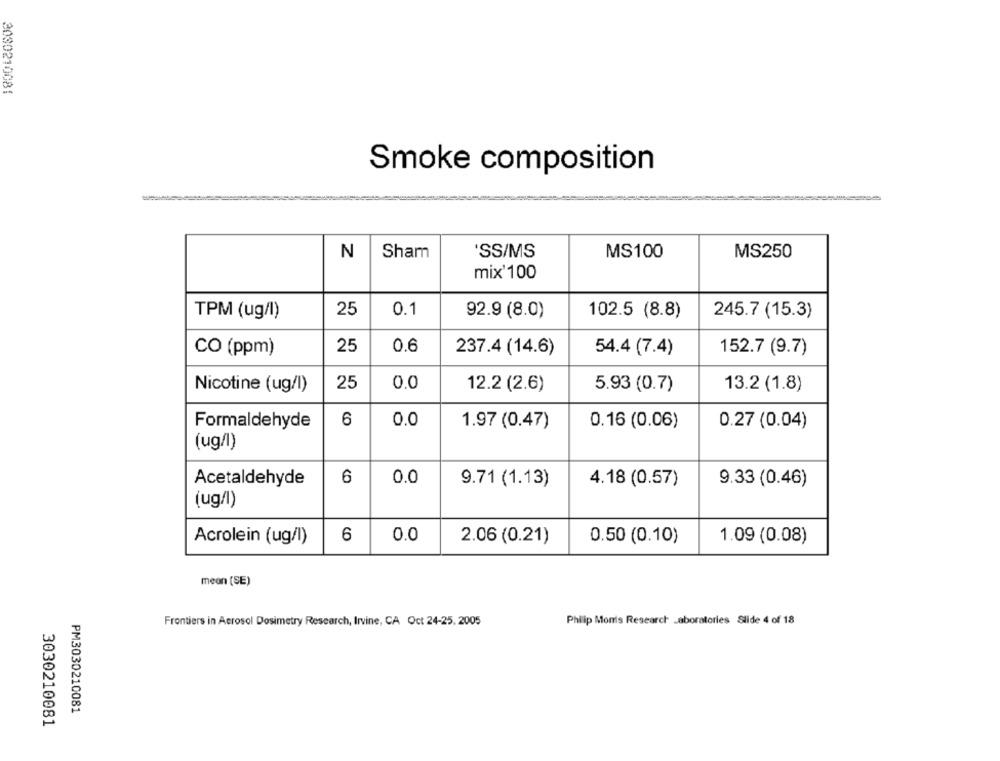
3030210081
Smoke composition
N
Sham
'SS/MS
MS100
MS250
mix'100
25
0.1
TPM (ug/l)
92.9 (8.0)
102.5 (8.8)
245.7 (15.3)
25
0.6
237.4 (14.6)
54.4 (7.4)
152.7 (9.7)
CO (ppm)
Nicotine (ug/l)
25
0.0
12.2 (2.6)
5.93 (0.7)
13.2 (1.8)
Formaldehyde
6
0.0
1.97 (0.47)
0.16 (0.06)
0.27 (0.04)
(ug/l)
6
0.0
Acetaldehyde
9.71 (1.13)
4.18 (0.57)
9.33 (0.46)
(ug/l)
Acrolein (ug/l)
6
0.0
2.06 (0.21)
0.50 (0.10)
1.09 (0.08)
mean (SE)
Frontiers in Aerosol Dosimetry Research, Irvine, CA Oct 24-25, 2005
Philip Monis Research Laboratories Slide 4 of 18
PM3030210081
3030210081